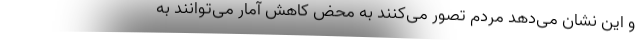
و این نشان می‌دهد مردم تصور می‌کنند به محض کاهش آمار می‌توانند به